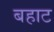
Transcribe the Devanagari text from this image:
बहाट